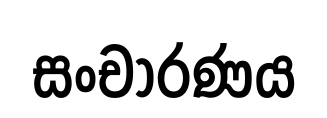
සංචාරණය